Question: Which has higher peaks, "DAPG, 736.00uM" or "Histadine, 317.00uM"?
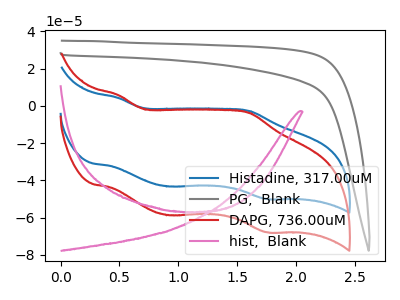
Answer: <think>The blue curve "Histadine, 317.00uM" has anodic peaks at (0.50V, 4.25uA) (1.60V, -2.85uA) and cathodic peaks at (0.90V, -43.30uA) (1.75V, -50.05uA). The gray curve "PG,  Blank" has no peaks. The red curve "DAPG, 736.00uM" has anodic peaks at (0.50V, 5.80uA) (1.60V, -3.85uA) and cathodic peaks at (0.90V, -58.75uA) (1.75V, -67.90uA). The pink curve "hist,  Blank" has no peaks.</think>
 <answer>The peaks in "DAPG, 736.00uM" are neither all higher or all lower than the peaks in "Histadine, 317.00uM".</answer>
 <eval>mixed</eval>